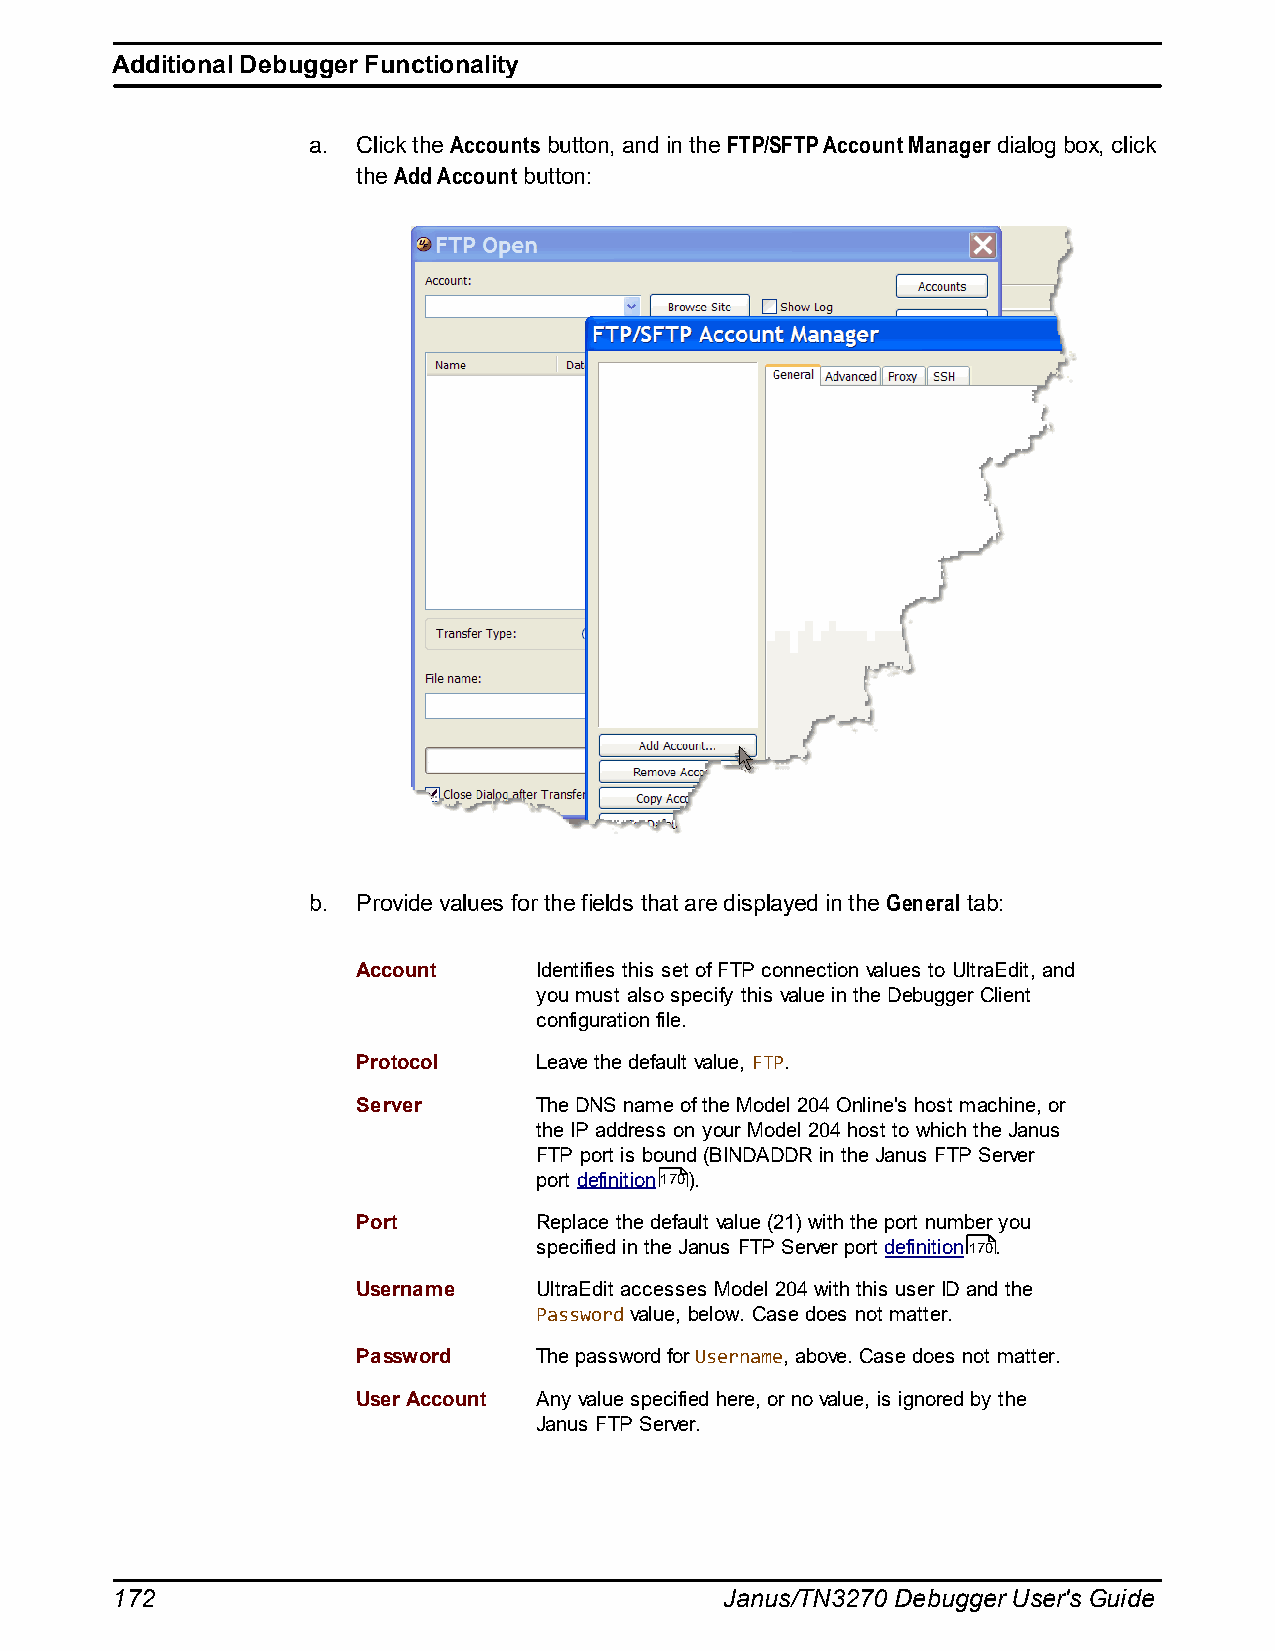
Additional Debugger Functionality
 a.  Click the Accounts button, and in the FTP/SFTP Account Manager dialog box, click
 the Add Account button:
 b.  Provide values for the fields that are displayed in the General tab:
 Account    Identifies this set of FTP connection values to UltraEdit, and
 you must also specify this value in the Debugger Client
 configuration file.
 Protocol   Leave the default value, FTP.
 Server     The DNS name of the Model 204 Online's host machine, or
 the IP address on your Model 204 host to which the Janus
 FTP port is bound (BINDADDR in the Janus FTP Server
 port definition170).
 Port       Replace the default value (21) with the port number you
 specified in the Janus FTP Server port definition170.
 Username   UltraEdit accesses Model 204 with this user ID and the
 Password value, below. Case does not matter.
 Password   The password for Username, above. Case does not matter.
 User Account Any value specified here, or no value, is ignored by the
 Janus FTP Server.
 172                                      Janus/TN3270 Debugger User's Guide